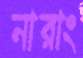
নারাং